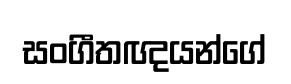
සංගීතඥයන්ගේ